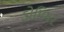
ડોમિયર